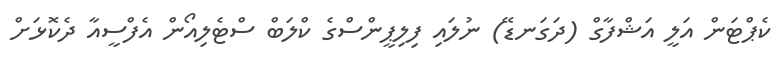
ކެޕްޓަން އަލީ އަޝްފާގް (ދަގަނޑޭ) ނުލައި ފިލިޕީންސްގެ ކްލަބް ސްޓެލިއޯން އެފްސީއާ ދެކޮޅަށް